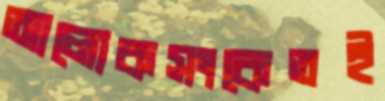
আলোকসংকেতই